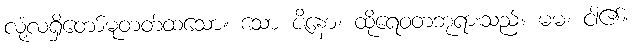
လုံ့လရှိတော်မူတတ်ထသော။ သော ဇိနော၊ ထိုရေဝတဘုရားသည်။ မမ၊ ငါ၏။